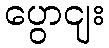
ပွောငျး